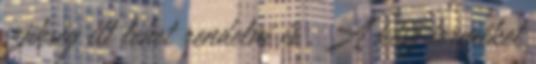
szükség itt lehet rendelni is . A kész terméket